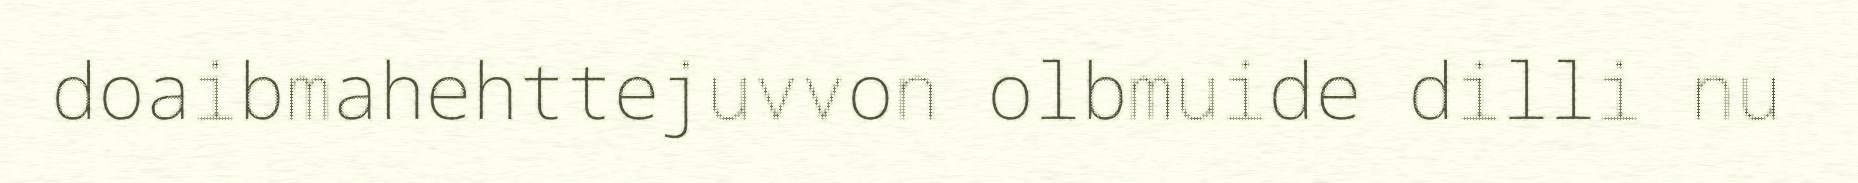
doaibmahehttejuvvon olbmuide dilli nu